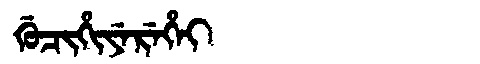
Manchu: ᡤᡠᠴᡳᡥᡳᠶᡝᡵᡝᡥᡝᡳ
Romanization: GUCIHIYEREHEI